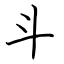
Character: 斗